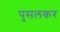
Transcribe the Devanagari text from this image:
पुसलकर